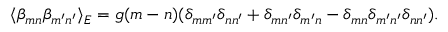
\langle \beta _ { m n } \beta _ { m ^ { \prime } n ^ { \prime } } \rangle _ { E } = g ( m - n ) ( \delta _ { m m ^ { \prime } } \delta _ { n n ^ { \prime } } + \delta _ { m n ^ { \prime } } \delta _ { m ^ { \prime } n } - \delta _ { m n } \delta _ { m ^ { \prime } n ^ { \prime } } \delta _ { n n ^ { \prime } } ) .